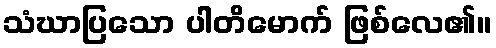
သံဃာပြသော ပါတိမောက် ဖြစ်လေ၏။